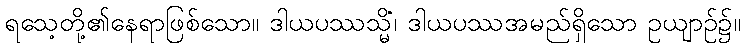
ရသေ့တို့၏နေရာဖြစ်သော။ ဒါယပဿသ္မိံ၊ ဒါယပဿအမည်ရှိသော ဥယျာဉ်၌။